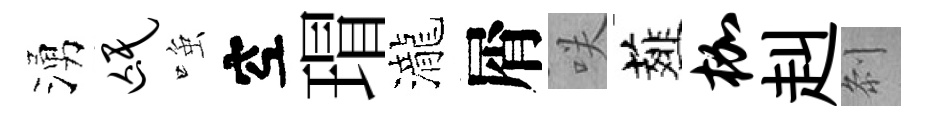
湧氓𫪻空瑁瀧屑咲薤枷赳𠛴